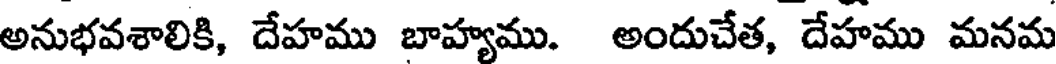
అనుభవశాలికి, దేహము బాహ్యము. అందుచేత, దేహము మనమ